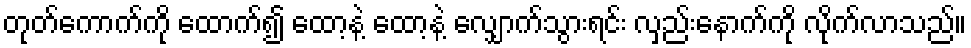
တုတ်ကောက်ကို ထောက်၍ ထော့နဲ့ ထော့နဲ့ လျှောက်သွားရင်း လှည်းနောက်ကို လိုက်လာသည်။